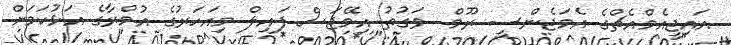
އައިޖީއެމްއެޗްގެ އެމަޖެންސީ ރޫމް  ވަގުތު އިމޭޖަސް ފައިލް މިއަހަރުގެ އުމްރާގެ އަޅުކަމަށް